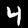
Digit: 4